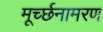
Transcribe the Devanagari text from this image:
मूर्च्छनामरण